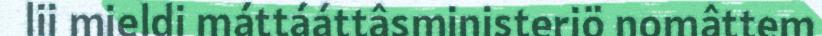
lii mieldi máttááttâsministeriö nomâttem